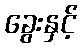
ခွေးနှင့်